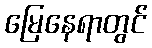
မြေနေရာတွင်